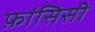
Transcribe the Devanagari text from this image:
फ़ांसिसी